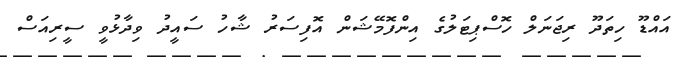
އައްޑޫ ހިތަދޫ ރިޖަނަލް ހޮސްޕިޓަލުގެ އިންފޮމޭޝަން އޮފިސަރު ޝާހު ސައީދު ވިދާޅުވީ ސީރިއަސް